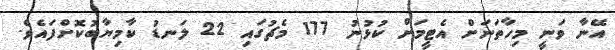
އޭނާ ވަނީ މިހާތަނަށް އެޓީމަށް ކުޅުނު 177 މެޗުގައި 22 ލަނޑު ކާމިޔާބުކޮށްފައެވެ.